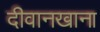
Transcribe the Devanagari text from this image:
दीवानखाना